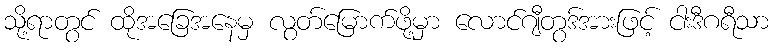
သို့ရာတွင် ထိုအခြေအနေမှ လွတ်မြောက်ဖို့မှာ လောင်ဂျီတွဒ်အားဖြင့် ငါးဒီဂရီသာ